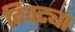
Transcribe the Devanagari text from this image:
दिवट्या